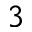
3